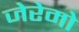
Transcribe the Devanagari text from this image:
जेरेमो